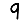
Digit: 9